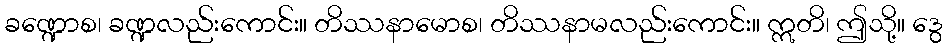
ခဏ္ဍောစ၊ ခဏ္ဍလည်းကောင်း။ တိဿနာမောစ၊ တိဿနာမလည်းကောင်း။ ဣတိ၊ ဤသို့။ ဒွေ